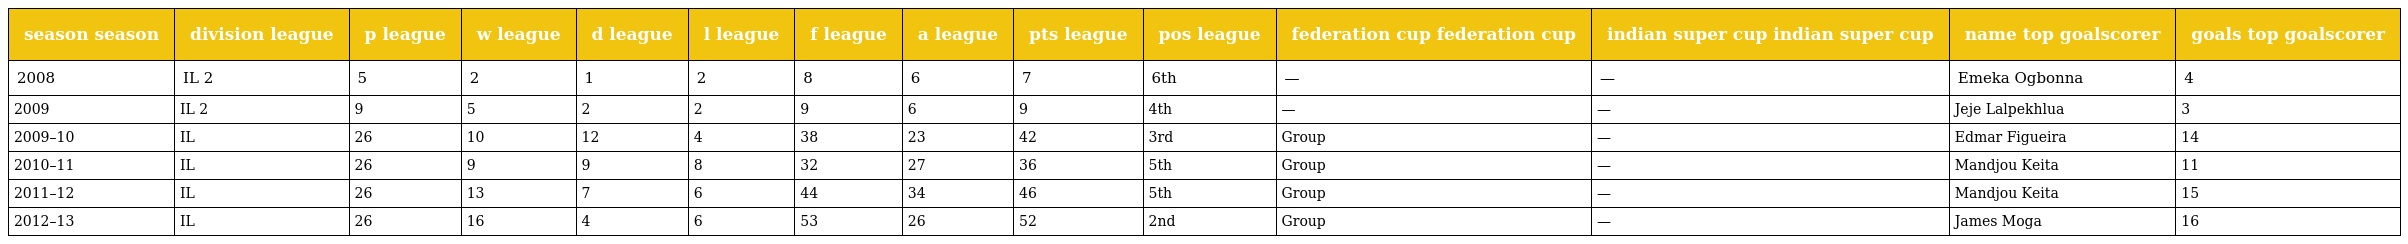
| season season | division league | p league | w league | d league | l league | f league | a league | pts league | pos league | federation cup federation cup | indian super cup indian super cup | name top goalscorer | goals top goalscorer |
 | --- | --- | --- | --- | --- | --- | --- | --- | --- | --- | --- | --- | --- | --- |
 | 2008 | IL 2 | 5 | 2 | 1 | 2 | 8 | 6 | 7 | 6th | — | — | Emeka Ogbonna | 4 |
 | 2009 | IL 2 | 9 | 5 | 2 | 2 | 9 | 6 | 9 | 4th | — | — | Jeje Lalpekhlua | 3 |
 | 2009–10 | IL | 26 | 10 | 12 | 4 | 38 | 23 | 42 | 3rd | Group | — | Edmar Figueira | 14 |
 | 2010–11 | IL | 26 | 9 | 9 | 8 | 32 | 27 | 36 | 5th | Group | — | Mandjou Keita | 11 |
 | 2011–12 | IL | 26 | 13 | 7 | 6 | 44 | 34 | 46 | 5th | Group | — | Mandjou Keita | 15 |
 | 2012–13 | IL | 26 | 16 | 4 | 6 | 53 | 26 | 52 | 2nd | Group | — | James Moga | 16 |